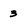
Character: 3